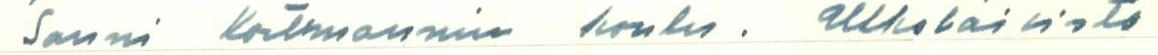
Sanni Kortmannin koulu. Ulkolaisisto